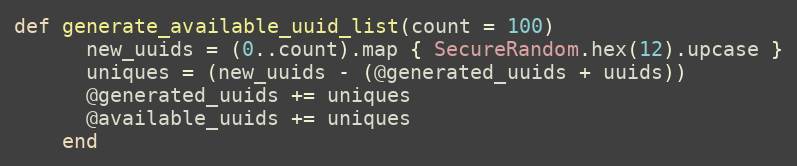
Language: Ruby
def generate_available_uuid_list(count = 100)
      new_uuids = (0..count).map { SecureRandom.hex(12).upcase }
      uniques = (new_uuids - (@generated_uuids + uuids))
      @generated_uuids += uniques
      @available_uuids += uniques
    end